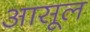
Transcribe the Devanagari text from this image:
आसूल